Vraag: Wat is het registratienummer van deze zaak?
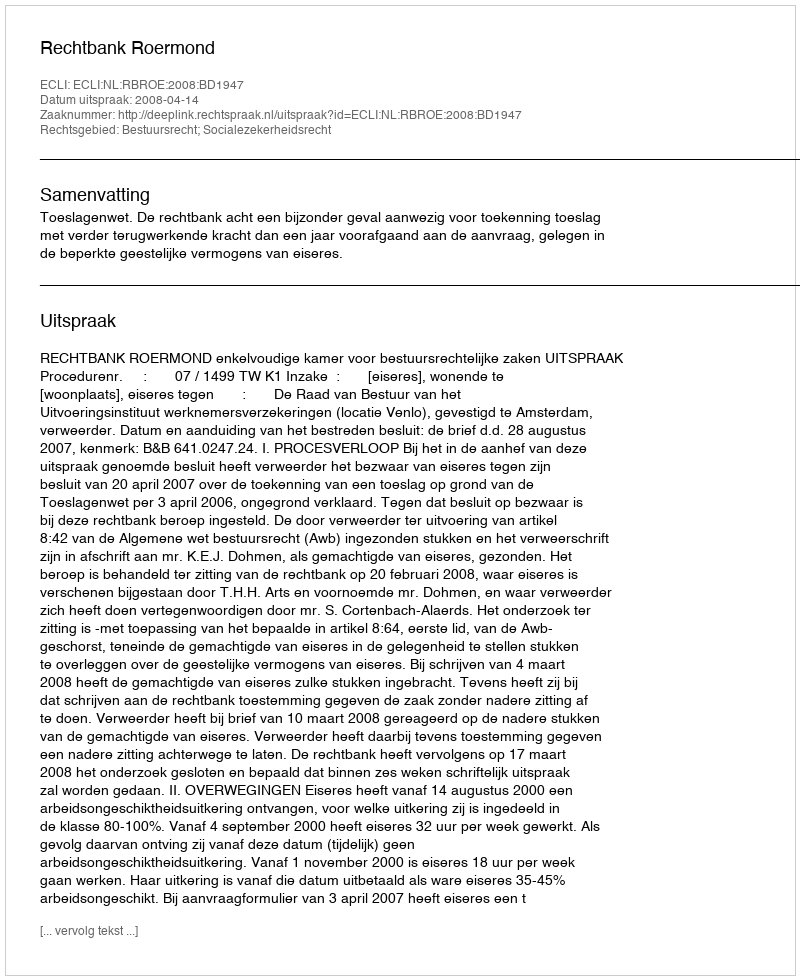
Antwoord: http://deeplink.rechtspraak.nl/uitspraak?id=ECLI:NL:RBROE:2008:BD1947